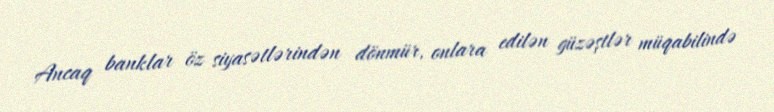
Ancaq banklar öz siyasətlərindən dönmür, onlara edilən güzəştlər müqabilində